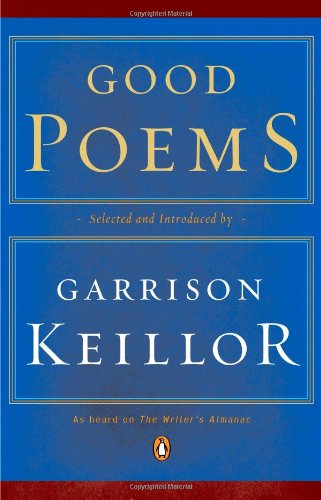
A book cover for Good Poems; Literature & Fiction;